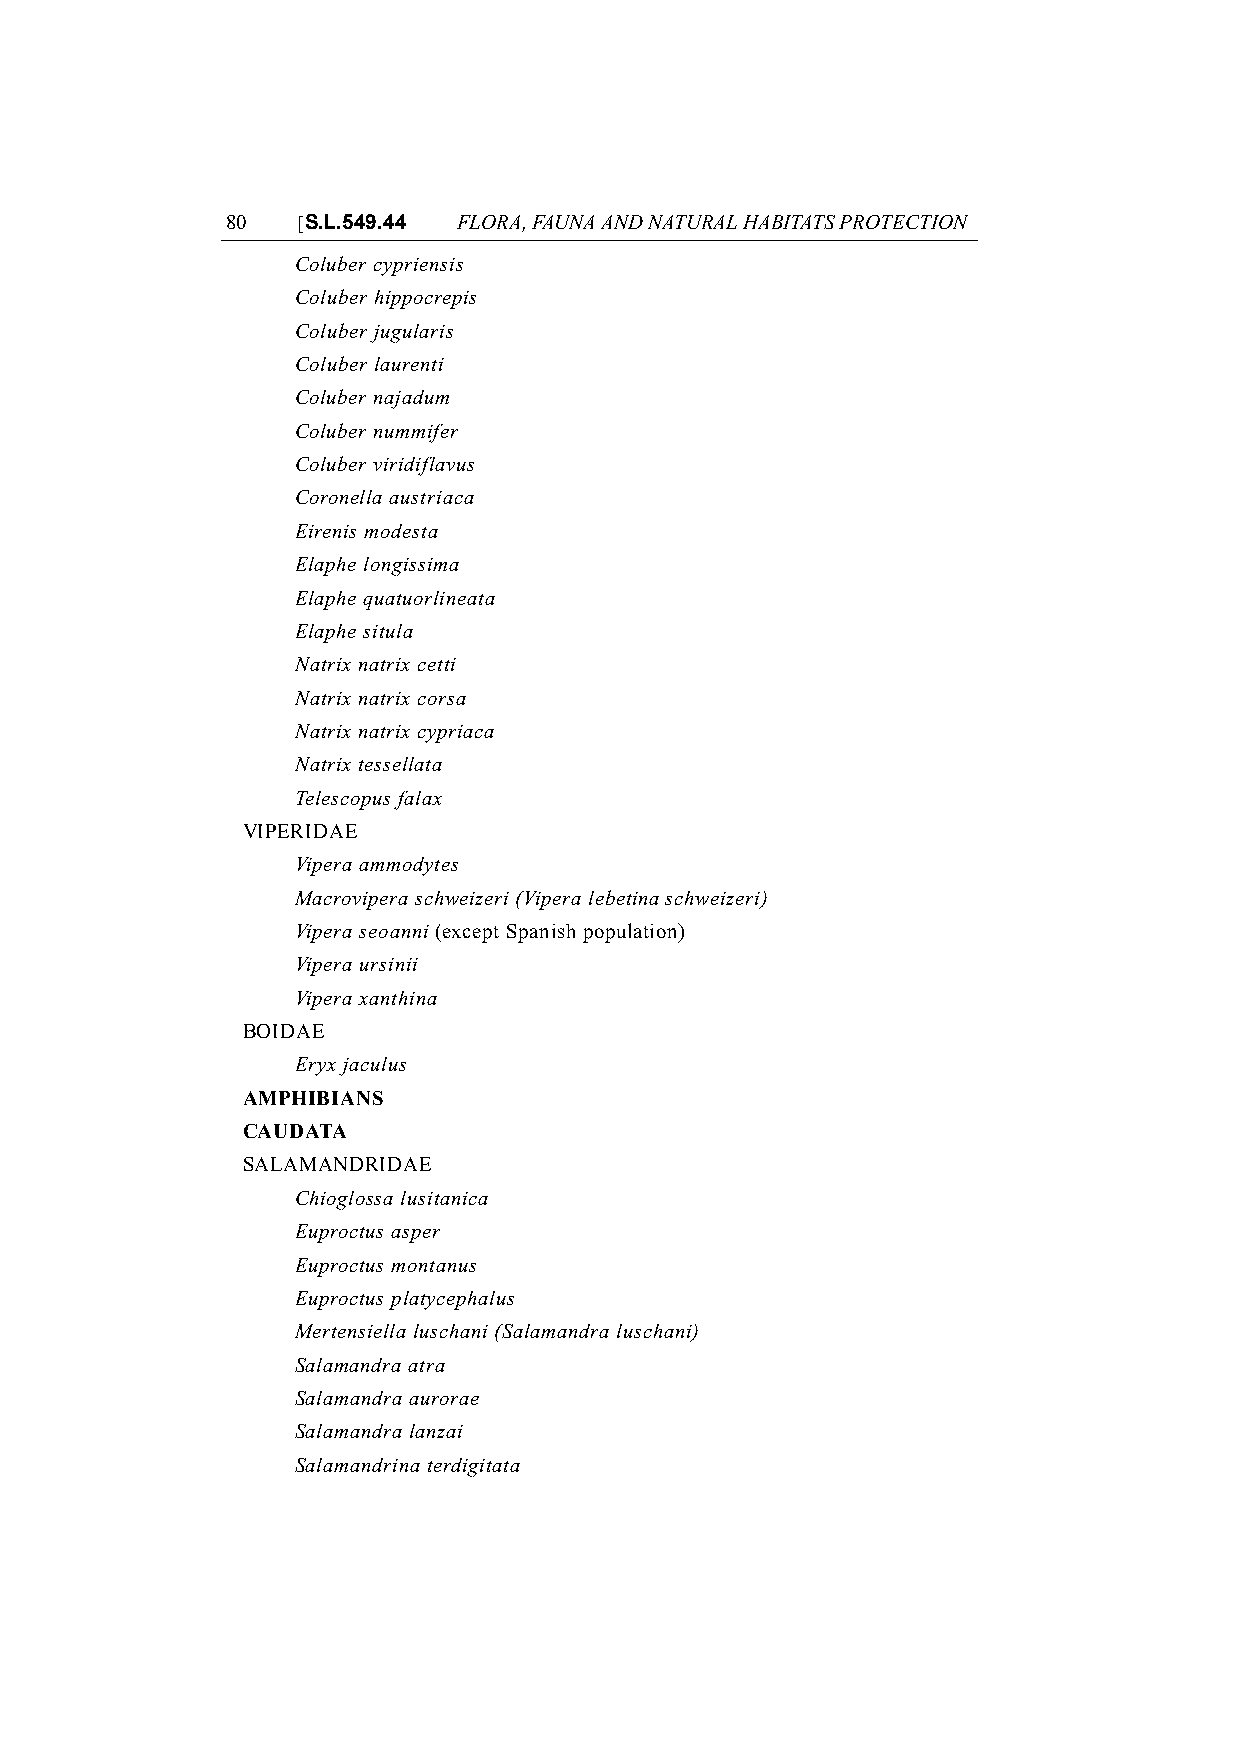
80   [S.L.549.44 FLORA, FAUNA AND NATURAL HABITATS PROTECTION
 Coluber cypriensis
 Coluber hippocrepis
 Coluber jugularis
 Coluber laurenti
 Coluber najadum
 Coluber nummifer
 Coluber viridiflavus
 Coronella austriaca
 Eirenis modesta
 Elaphe longissima
 Elaphe quatuorlineata
 Elaphe situla
 Natrix natrix cetti
 Natrix natrix corsa
 Natrix natrix cypriaca
 Natrix tessellata
 Telescopus falax
 VIPERIDAE
 Vipera ammodytes
 Macrovipera schweizeri (Vipera lebetina schweizeri)
 Vipera seoanni (except Spanish population)
 Vipera ursinii
 Vipera xanthina
 BOIDAE
 Eryx jaculus
 AMPHIBIANS
 CAUDATA
 SALAMANDRIDAE
 Chioglossa lusitanica
 Euproctus asper
 Euproctus montanus
 Euproctus platycephalus
 Mertensiella luschani (Salamandra luschani)
 Salamandra atra
 Salamandra aurorae
 Salamandra lanzai
 Salamandrina terdigitata